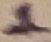
Text: 1